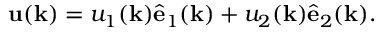
\mathbf { u } ( \mathbf { k } ) = u _ { 1 } ( \mathbf { k } ) \hat { \bf e } _ { 1 } ( \mathbf { k } ) + u _ { 2 } ( \mathbf { k } ) \hat { \bf e } _ { 2 } ( \mathbf { k } ) .